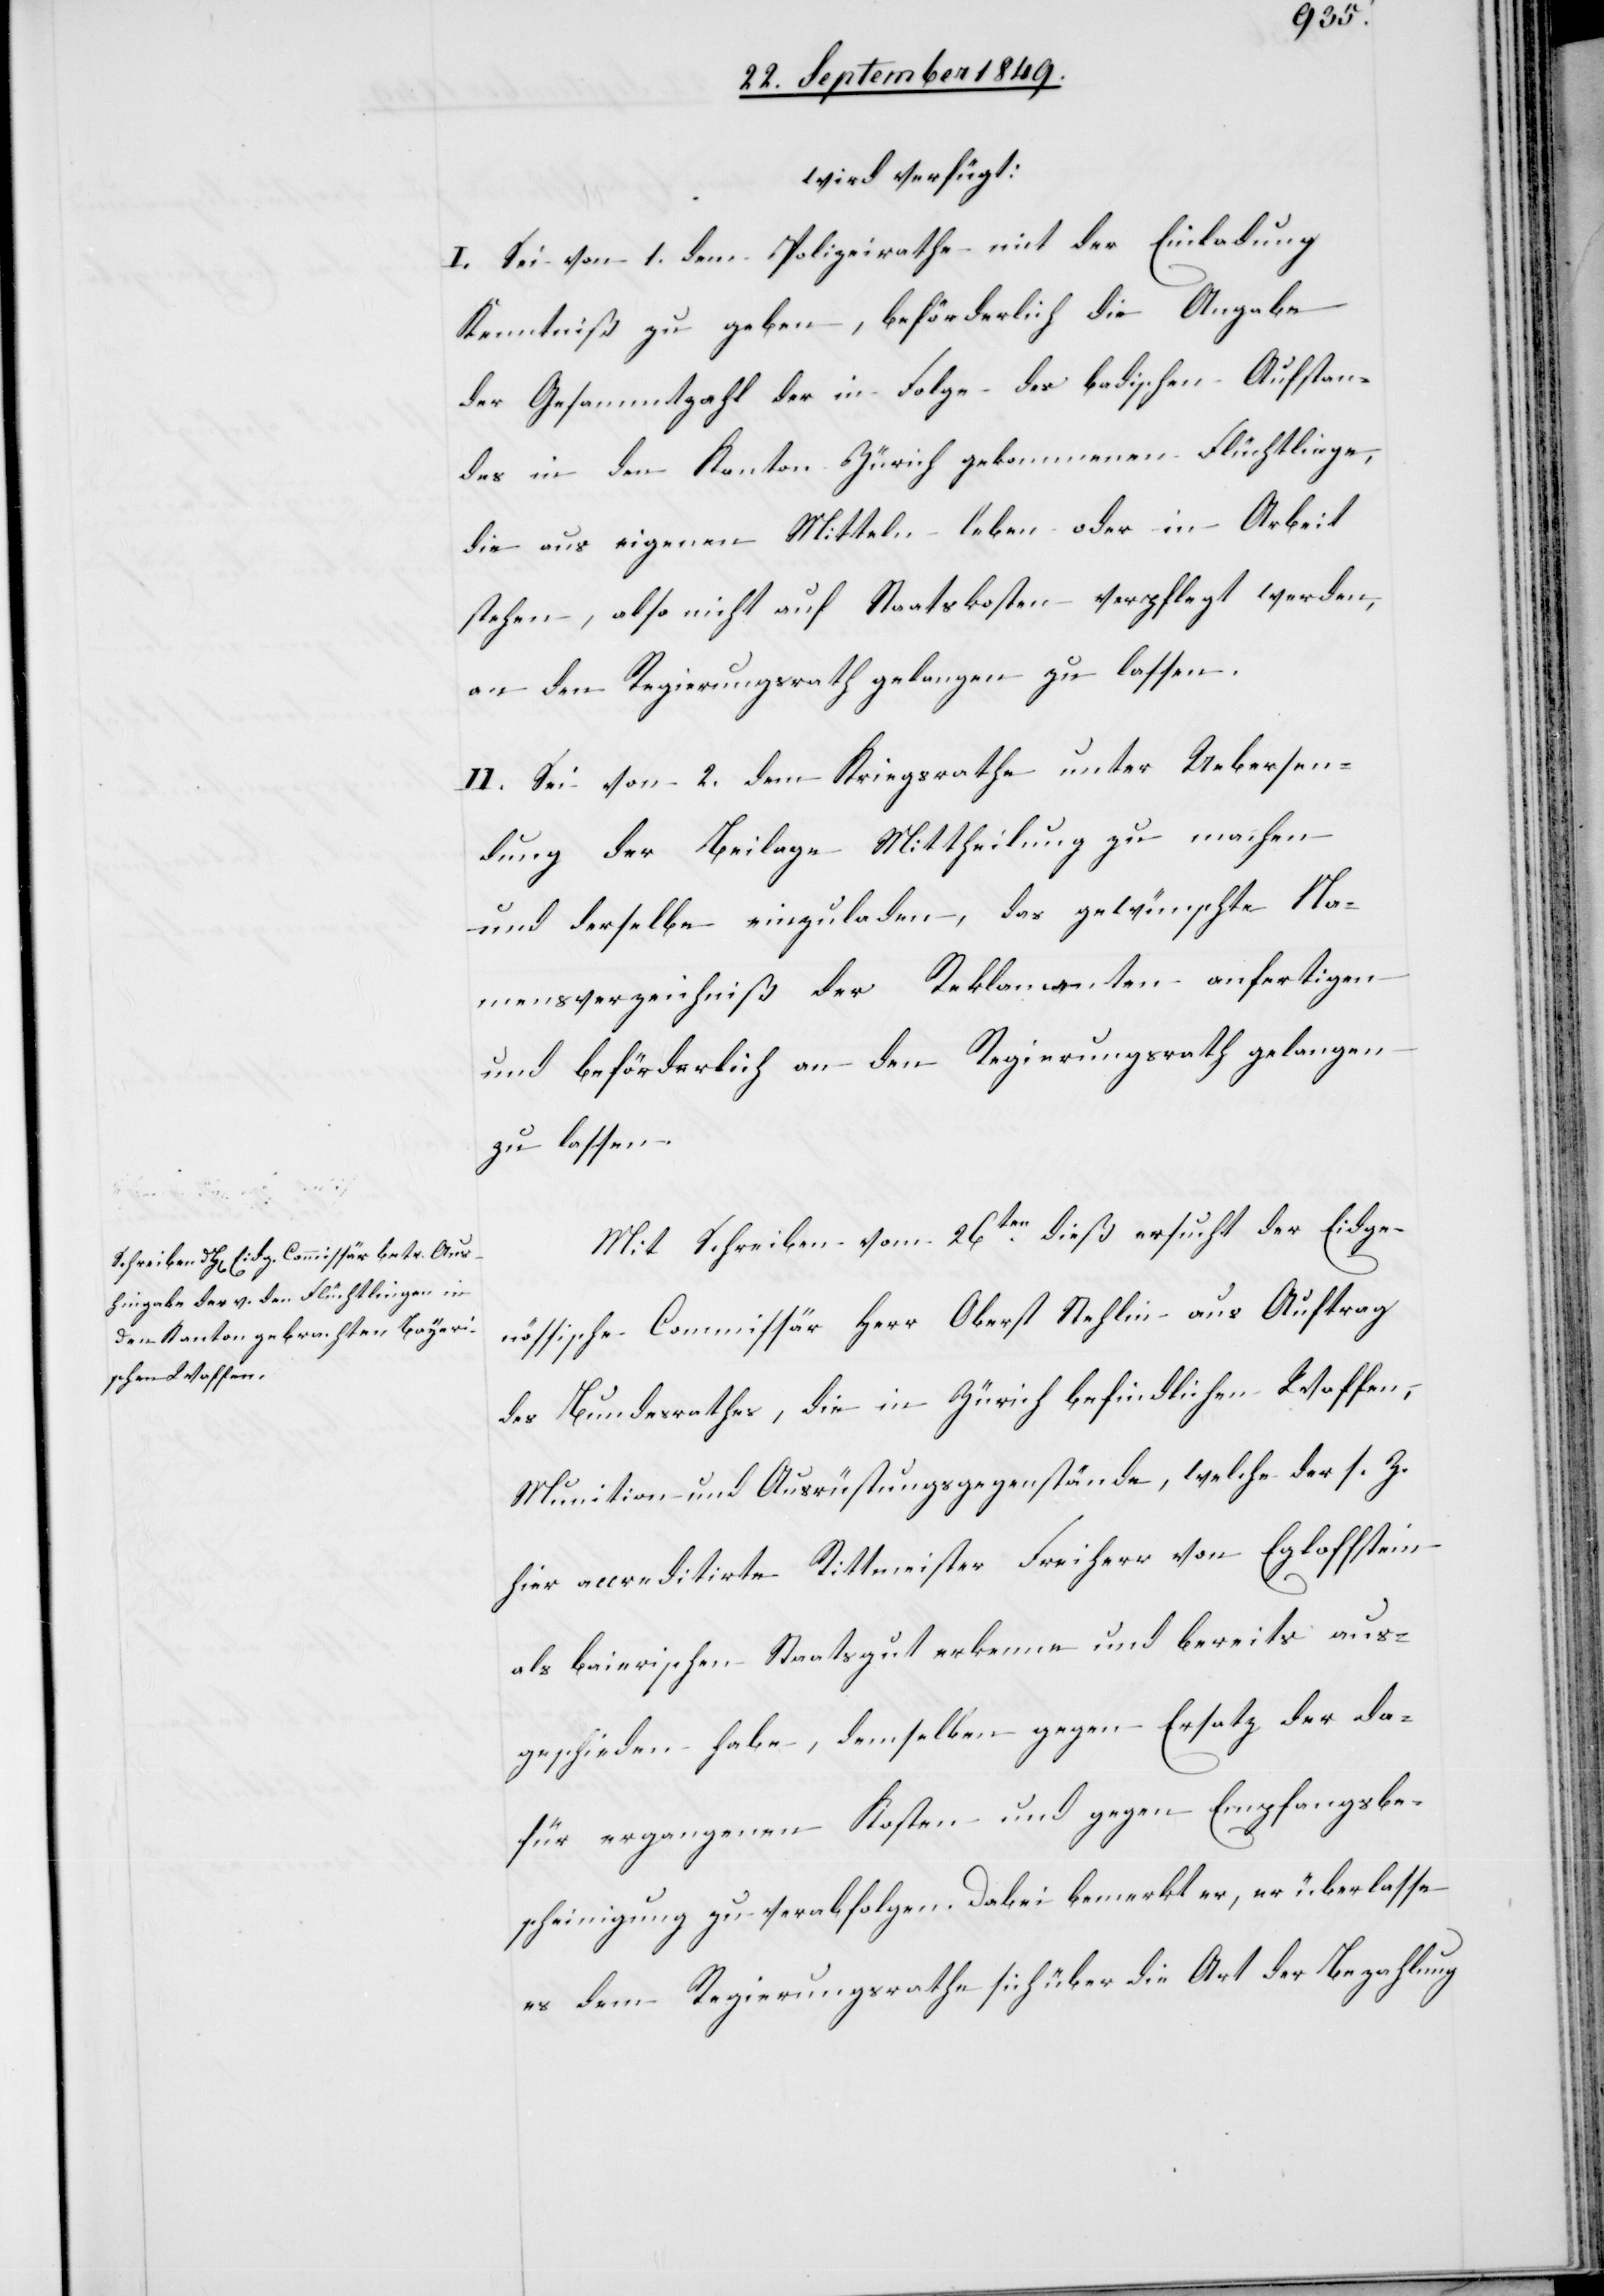
Actum den

27 September 1849.]
wird verfügt:
I. Sei von 1. dem Polizeirathe mit der Einladung
Kenntniß zu geben, beförderlich die Angabe
der Gesammtzahl der in Folge des badischen Aufstan¬
des in den Kanton Zürich gekommenen Flüchtlinge,
die aus eigenen Mitteln leben oder in Arbeit
stehen, also nicht auf Staatskosten verpflegt werden,
an den Regierungsrath gelangen zu lassen.
II. Sei von 2. dem Kriegsrathe unter Uebersen¬
dung der Beilage Mittheilung zu machen
und derselbe einzuladen, das gewünschte Na¬
mensverzeichniß der Reklamanten anfertigen
und beförderlich an den Regierungsrath gelangen
zu lassen.
Mit Schreiben vom 26ten dieß ersucht der Eidge¬
nössische Commissär Herr Oberst Stehlin aus Auftrag
des Bundesrathes, die in Zürich befindlichen Waffen,
Munition und Ausrüstungsgegenstände, welche der s. Z.
hier accreditirte Rittmeister Freiherr von Egloffstein
als baierischen Staatsgut erkenne und bereits aus¬
geschieden habe, demselben gegen Ersatz der da¬
für ergangenen Kosten und gegen Empfangsbe¬
scheinigung zu verabfolgen. Dabei bemerkt er, er überlasse
es dem Regierungsrathe sich über die Art der Bezahlung